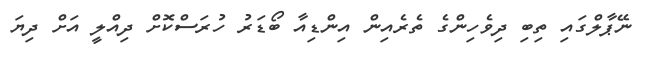
ނޭޕާލްގައި ތިބި ދިވެހިންގެ ތެރެއިން އިންޑިއާ ބޯޑަރު ހުރަސްކޮށް ދިއްލީ އަށް ދިޔަ